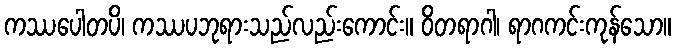
ကဿပေါတပိ၊ ကဿပဘုရားသည်လည်းကောင်း။ ဝိတရာဂါ၊ ရာဂကင်းကုန်သော။